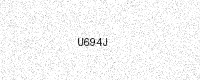
Text: U694J